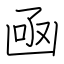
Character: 凾